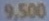
9.500